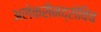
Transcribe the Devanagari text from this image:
अलेकसैनद्रोविच